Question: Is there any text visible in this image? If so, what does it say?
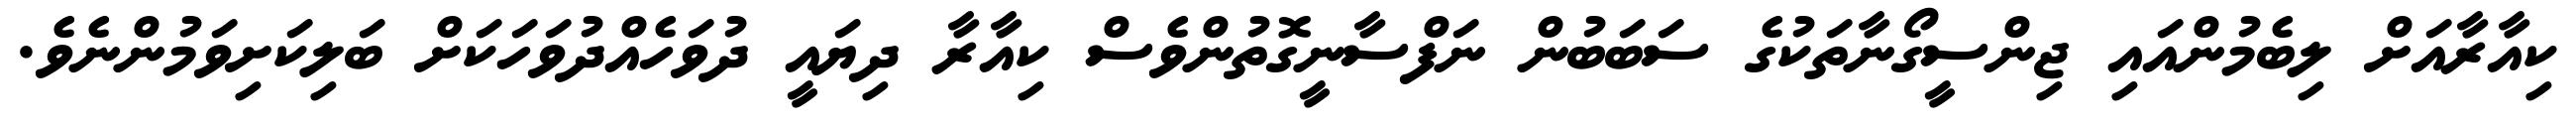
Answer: ކިއާރާއަށް ލިބެމުންއައި ޖިންސީގޯނާތަކުގެ ސަބަބުން ނަފްސާނީގޮތުންވެސް ކިއާރާ ދިޔައީ ދުވަހެއްދުވަހަކަށް ބަލިކަށިވަމުންނެވެ.